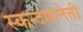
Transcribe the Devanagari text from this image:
स्कन्दमातेती